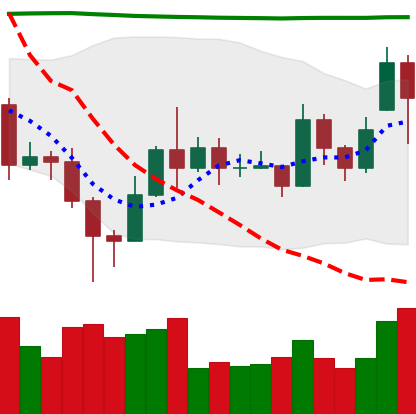
Ticker: EOS-USD
Chart end date: 2020-11-18
Forward return: 28.036%
Label: up_7plus